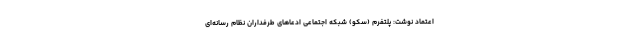
اعتماد نوشت: پلتفرم (سکّو) شبکه اجتماعی ادعاهای طرفداران نظام رسانه‌ای